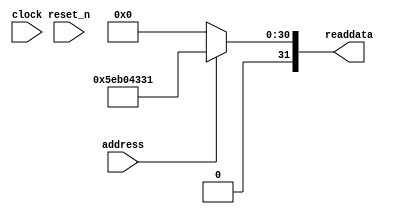
module soc_sysid_qsys_0 (
               // inputs:
                address,
                clock,
                reset_n,

               // outputs:
                readdata
             )
;

  output  [ 31: 0] readdata;
  input            address;
  input            clock;
  input            reset_n;

  wire    [ 31: 0] readdata;
  //control_slave, which is an e_avalon_slave
  assign readdata = address ? 1588609841 : 0;

endmodule